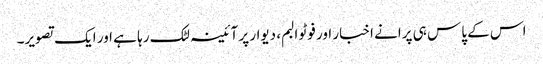
اس کے پاس ہی پرانے اخبار اور فوٹو البم، دیوار پر آئینہ لٹک رہا ہے اور ایک تصویر۔